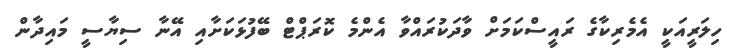
ހިލަރީއަކީ އެމެރިކާގެ ރައީސްކަމަށް ވާދަކުރައްވާ އެންމެ ކޮރަޕްޓް ބޭފުޅަކަށާއި އޭނާ ސިޔާސީ މައިދާން